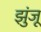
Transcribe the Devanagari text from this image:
झुंजू